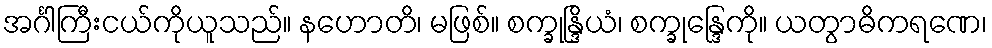
အင်္ဂါကြီးငယ်ကိုယူသည်။ နဟောတိ၊ မဖြစ်။ စက္ခုန္ဒြိယံ၊ စက္ခုန္ဒြေကို။ ယတွာဓိကရဏေ၊